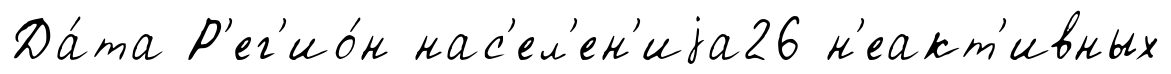
Да́та Р'ег'ио́н нас'ел'ен'иjа26 н'еакт'ивных